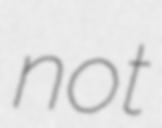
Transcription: not